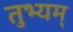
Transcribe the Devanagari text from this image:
तुभ्यम्